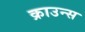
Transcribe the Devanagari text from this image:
क्राउन्स